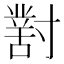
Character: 𡭊